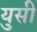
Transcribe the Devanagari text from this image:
युसी